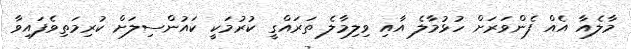
މާލެއާ އެއް ފެންވަރަށް ހުޅުމާލެ އާއި ވިލިމާލެ ތަރައްގީ ކުރުމަކީ ކައުންސިލަށް ކުރިމަތިވެފައިވާ